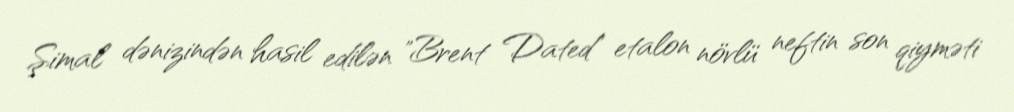
Şimal dənizindən hasil edilən "Brent Dated" etalon növlü neftin son qiyməti